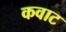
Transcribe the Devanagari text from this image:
कवाट